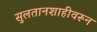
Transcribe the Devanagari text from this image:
सुलतानशाहीवरून